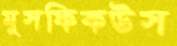
মুসফিকউস